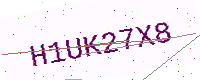
Text: H1UK27X8